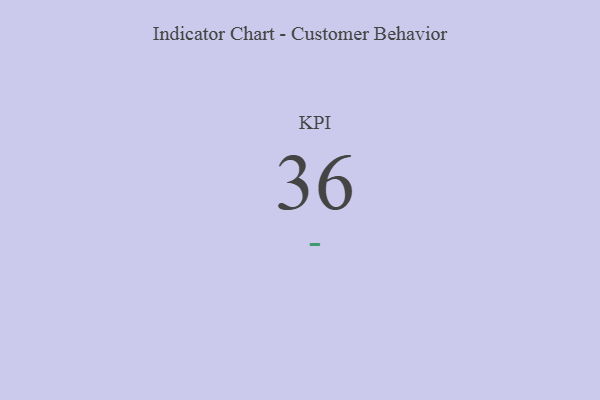
{"axis": {"x": "KPI", "y": "Value"}, "legend": [""], "data": [{"x": "KPI", "y": 36, "type": ""}]}